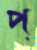
প্